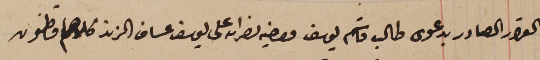
القرار الصادر بدعوى طالب قاسم يوسف واخيه نصرالله على يوسف عساف الزند كلاهما قاطنون